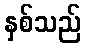
နှစ်သည်